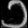
Digit: ၁